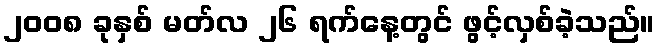
၂၀၀၈ ခုနှစ် မတ်လ ၂၆ ရက်နေ့တွင် ဖွင့်လှစ်ခဲ့သည်။